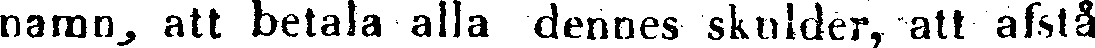
namn, att betala alla dennes skulder, att afstå